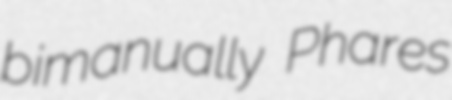
bimanually Phares